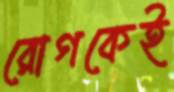
রোগকেই